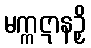
မက္ကဋာနဉှိ